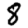
Digit: 8